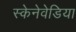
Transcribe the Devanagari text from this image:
स्केनेवेडिया